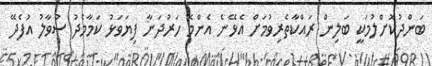
ބަންދުކޮށްލުމަކީ ބަލިން ރައްކާތެރިވުމަށް އެޅޭނެ އެންމެ ހަރުދަނާ ފިޔަވަޅު ކަމާމެދު ސުވާލު އުފެދޭ